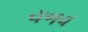
ચળવ